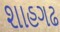
શાહગઢ